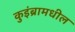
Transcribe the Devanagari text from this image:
कुइंब्रामधील